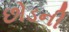
છોડની